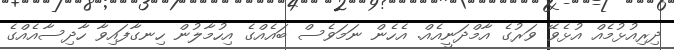
ދިރިއުޅުމެއް އުޅެވޭ ވަރުގެ އާމްދަނީއެއް. އެހެން ނަމަވެސް ބައެއްގެ އިހުމާލުން ހިނގާފައިވާ ހާދިސާއެއްގެ